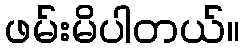
ဖမ်းမိပါတယ်။